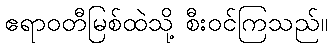
ဧရာဝတီမြစ်ထဲသို့ စီးဝင်ကြသည်။